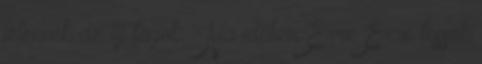
jelennek az új tagok. -Na időben Erre Erre tessék